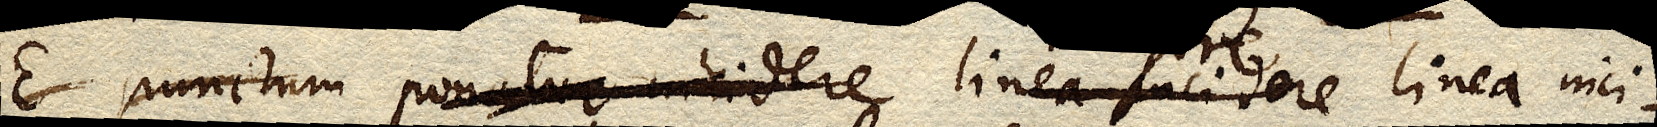
E punctum ponatur incidere linea incidere linea inci–